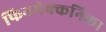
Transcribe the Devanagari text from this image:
फिनमेक्कनिका